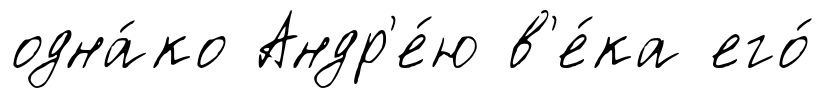
одна́ко Андр'е́ю в'е́ка его́